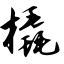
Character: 橇